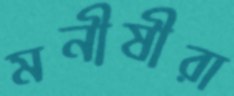
মনীষীরা